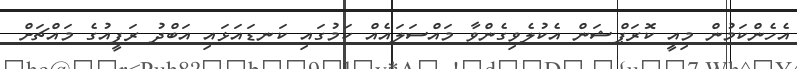
އެހެންކަމުން މިއީ ކޮރަޕްޝަން އެކުލެވިގެންވާ މައްސަލައެއް ކަމުގައި ކަނޑައަޅައި އަބްދު ރަފީއުގެ މައްޗަށް